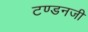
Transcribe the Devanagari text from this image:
टण्डनजी